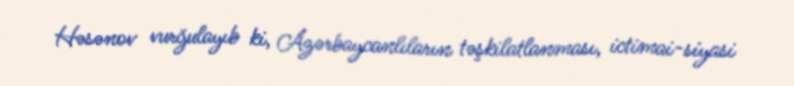
Həsənov vurğulayıb ki, Azərbaycanlıların təşkilatlanması, ictimai-siyasi